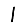
Digit: 1